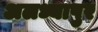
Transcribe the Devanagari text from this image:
अलध्यापुर